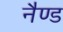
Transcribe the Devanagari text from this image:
नैण्ड